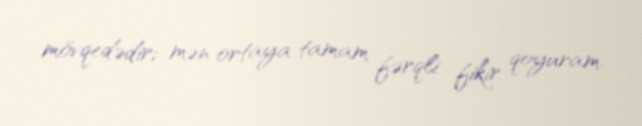
mövqedədir; mən ortaya tamam fərqli fikir qoyuram.